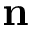
\mathbf { n }